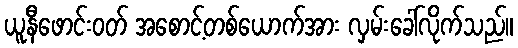
ယူနီဖောင်းဝတ် အစောင့်တစ်ယောက်အား လှမ်းခေါ်လိုက်သည်။